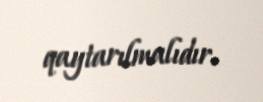
qaytarılmalıdır.